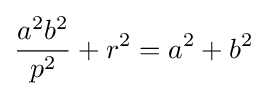
{\frac {a^{2}b^{2}}{p^{2}}}+r^{2}=a^{2}+b^{2}